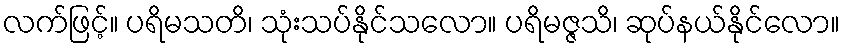
လက်ဖြင့်။ ပရိမသတိ၊ သုံးသပ်နိုင်သလော။ ပရိမဇ္ဇသိ၊ ဆုပ်နယ်နိုင်လော။